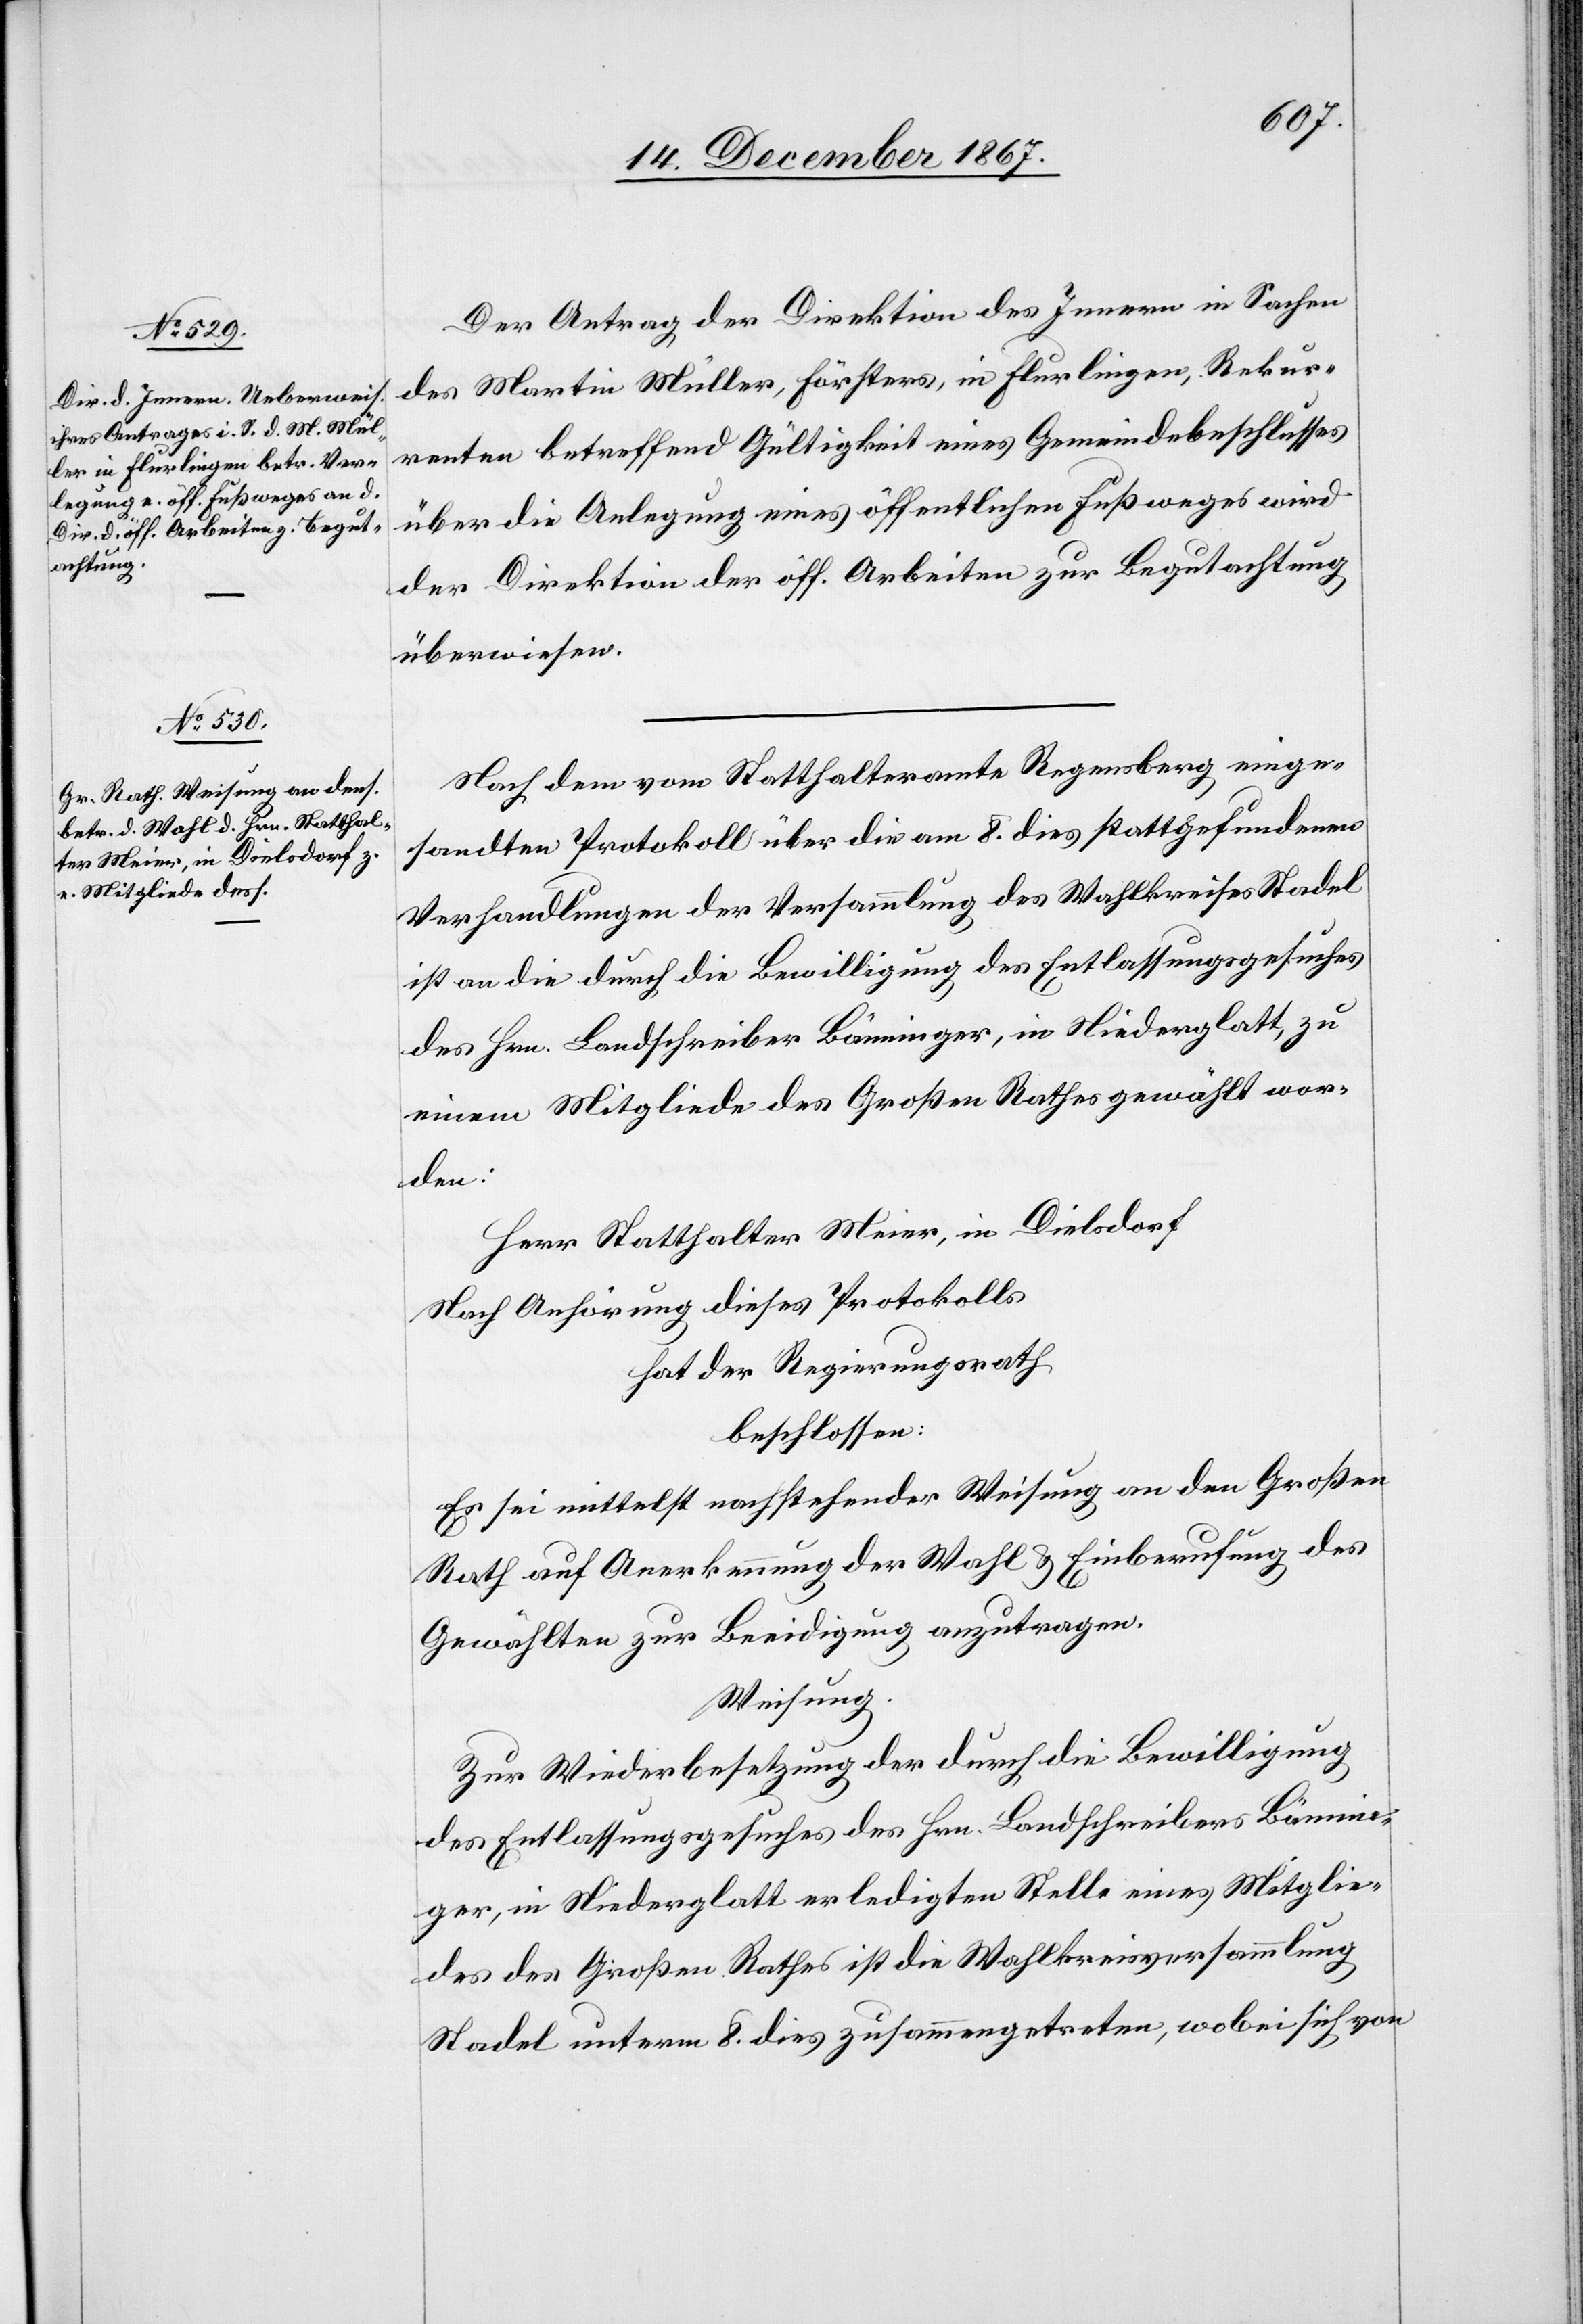
Der Antrag der Direktion des Innern in Sachen
des Martin Müller, Försters, in Flurlingen, Rekur¬
renten betreffend Gültigkeit eines Gemeindebeschlusses
über die Anlegung eines öffentlichen Fußweges wird
der Direktion der öff. Arbeiten zur Begutachtung
überwiesen.
Nach dem vom Statthalteramte Regensberg einge¬
sandten Protokoll über die am 8. dies stattgefundenen
Verhandlungen der Versammlung des Wahlkreises Stadel
ist an die durch die Bewilligung des Entlassungsgesuches
des Hrn. Landschreiber Bänninger, in Niederglatt
einem Mitgliede des Großen Rathes gewählt wor¬
den:
Herr Statthalter Meier, in Dielsdorf
Nach Anhörung dieses Protokolls
hat der Regierungsrath
beschlossen:
Es sei mittelst nachstehender Weisung an den Großen
Rath auf Anerkennung der Wahl u. Einberufung des
Gewählten zur Beeidigung anzutragen.
Weisung.
Zur Wiederbesetzung der durch die Bewilligung
des Entlassungsgesuches des Hrn. Landschreiber Bännin¬
ger, in Niederglatt erledigten Stelle eines Mitglie¬
des des Großen Rathes ist die Wahlkreisversammlung
Stadel unterm 8. dies zusammengetreten, wobei sich von